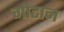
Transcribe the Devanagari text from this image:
गोटान